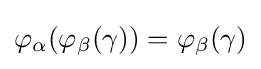
\varphi _{\alpha }(\varphi _{\beta }(\gamma ))=\varphi _{\beta }(\gamma )